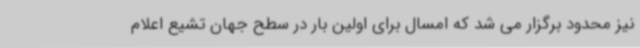
نیز محدود برگزار می شد که امسال برای اولین بار در سطح جهان تشیع اعلام